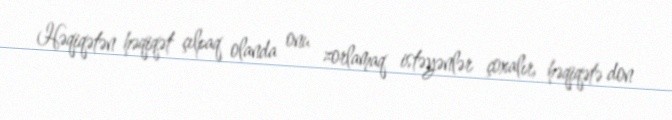
Həqiqətən həqiqət çılpaq olanda onu zorlamaq istəyənlər çoxalır, həqiqətə don